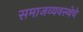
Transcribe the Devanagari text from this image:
समाजव्‍यवस्‍थेचे